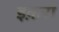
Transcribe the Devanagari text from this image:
इक़रा